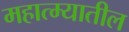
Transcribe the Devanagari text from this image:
महात्म्यातील